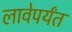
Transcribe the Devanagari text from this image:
लावेपर्यंत